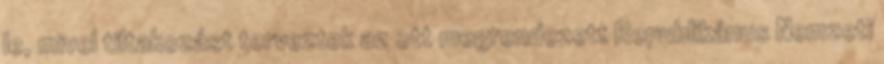
le, mivel tiltakozást terveztek az ott megrendezett Republikánus Nemzeti